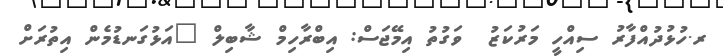
ރ.ހުޅުދުއްފާރު ސިއްހީ މަރުކަޒު  ވަގުތު އިމޭޖަސް: އިބްރާހިމް ޝާބިލް "އަޅުގަނޑުމެން އިތުރަށް